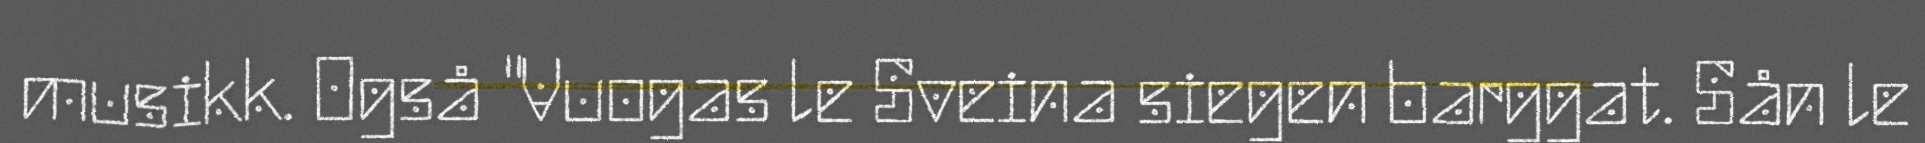
musikk. Også "Vuogas le Sveina siegen barggat. Sån le